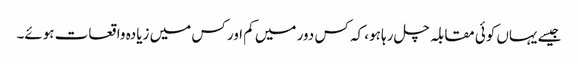
جیسے یہاں کوئی مقابلہ چل رہا ہو، کہ کس دور میں کم اور کس میں زیادہ واقعات ہوئے۔